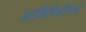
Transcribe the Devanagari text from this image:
आर्किमिडीजचे